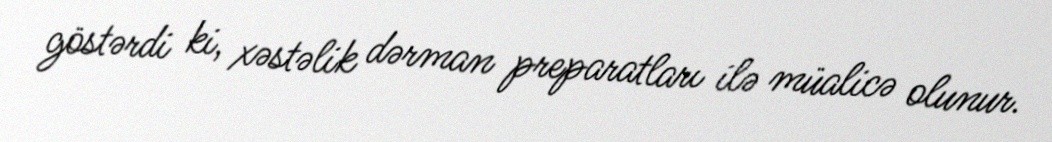
göstərdi ki, xəstəlik dərman preparatları ilə müalicə olunur.